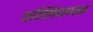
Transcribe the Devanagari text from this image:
वल्लियप्पन